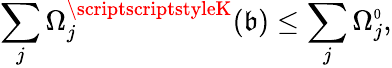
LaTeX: \sum_{j}\Omega_{j}^{\scriptscriptstyleK}(\mathfrak{b})\leq\sum_{j}\Omega_{j}^{\scriptscriptstyle0},